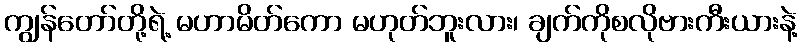
ကျွန်တော်တို့ရဲ့ မဟာမိတ်ကော မဟုတ်ဘူးလား၊ ချက်ကိုစလိုဗားကီးယားနဲ့